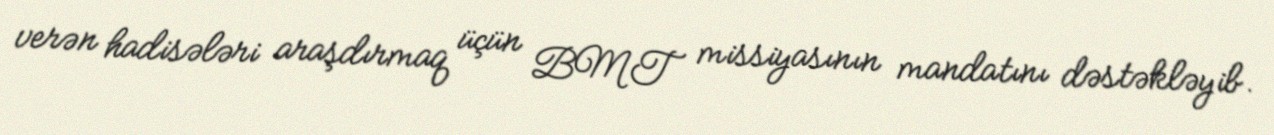
verən hadisələri araşdırmaq üçün BMT missiyasının mandatını dəstəkləyib.